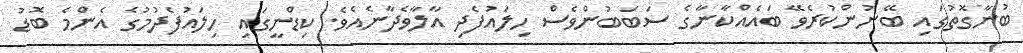
ބުނާގޮތުގައި ބޭނުންކުރެވޭ ބައެއްކާނާގެ ސަބަބުންވެސް ހިލައުފެދި އާލާވެދާނެއެވެ. ކިޑްނީގައި ހިލައުފެދުމުގެ އެންމެ ބޮޑު